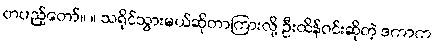
တပည့်တော်။ ။ သရိုင်သွားမယ်ဆိုတာကြားလို့ ဦးထိန်ဝင်းဆိုတဲ့ ဒကာက